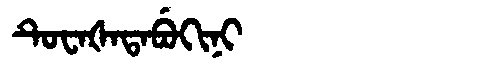
Manchu: ᡨᡠᠸᠠᡧᠠᡨᠠᠪᡠᡴᡳᠨᡳ
Romanization: TUWAŠATABUKINI